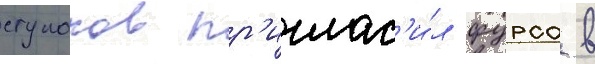
ступаков пр'иглас'и́л фурса в